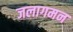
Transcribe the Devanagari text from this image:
जलागमन